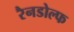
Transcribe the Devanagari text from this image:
रैनडोल्फ